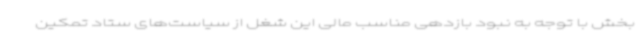
بخش با توجه به نبود بازدهی مناسب مالی این شغل از سیاست‌های ستاد تمکین